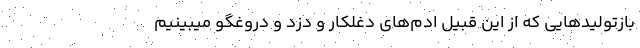
بازتولیدهایی که از این قبیل ادم‌های دغلکار و دزد و دروغگو میبینیم